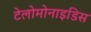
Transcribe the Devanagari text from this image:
टेलोमोनाइडिस